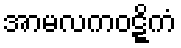
အာမလကဝဋ္ဋိကံ